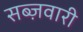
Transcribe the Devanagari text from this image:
सब्ज़वारी